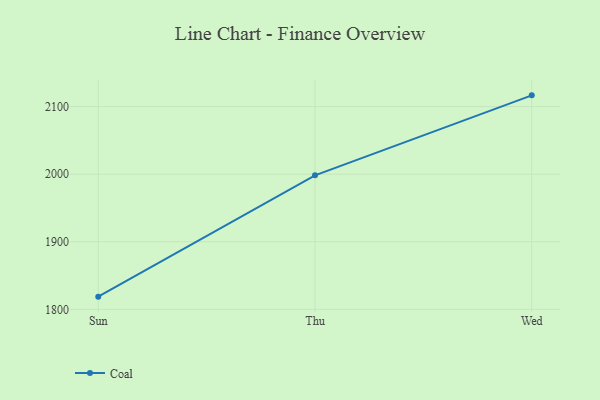
{"axis": {"x": "Day", "y": "Production Output"}, "legend": ["Coal"], "data": [{"x": "Sun", "y": 1818.8, "type": "Coal"}, {"x": "Thu", "y": 1998.3, "type": "Coal"}, {"x": "Wed", "y": 2116.6, "type": "Coal"}]}